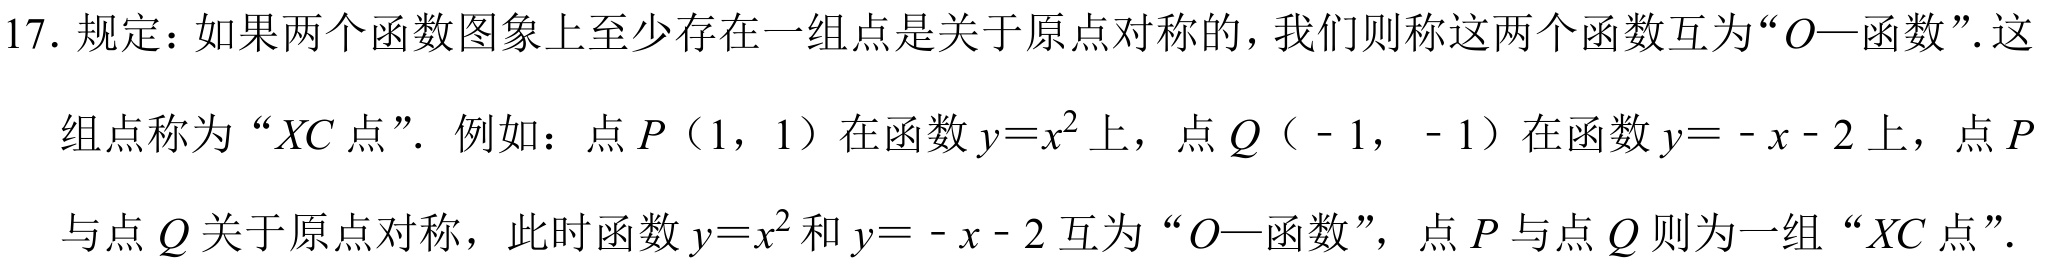
17. 规定：如果两个函数图象上至少存在一组点是关于原点对称的，我们则称这两个函数互为“\(O—\)函数”. 这
组点称为“\(XC\)点”. 例如：点\(P(1,1)\)在函数\(y = x^{2}\)上，点\(Q(-1,-1)\)在函数\(y=-x - 2\)上，点\(P\)
与点\(Q\)关于原点对称，此时函数\(y = x^{2}\)和\(y=-x - 2\)互为“\(O—\)函数”，点\(P\)与点\(Q\)则为一组“\(XC\)点”.